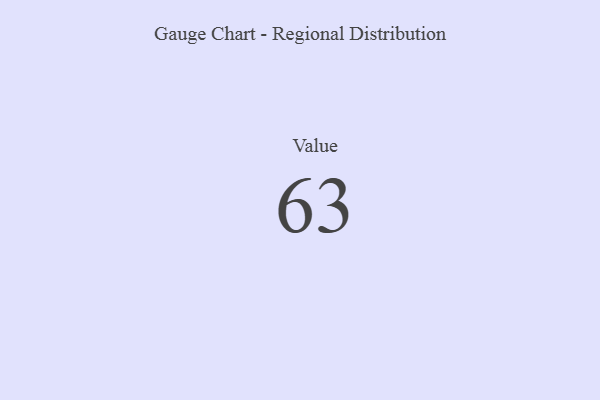
{"axis": {"x": "Metric", "y": "Value"}, "legend": [""], "data": [{"x": "Value", "y": 63, "type": ""}]}